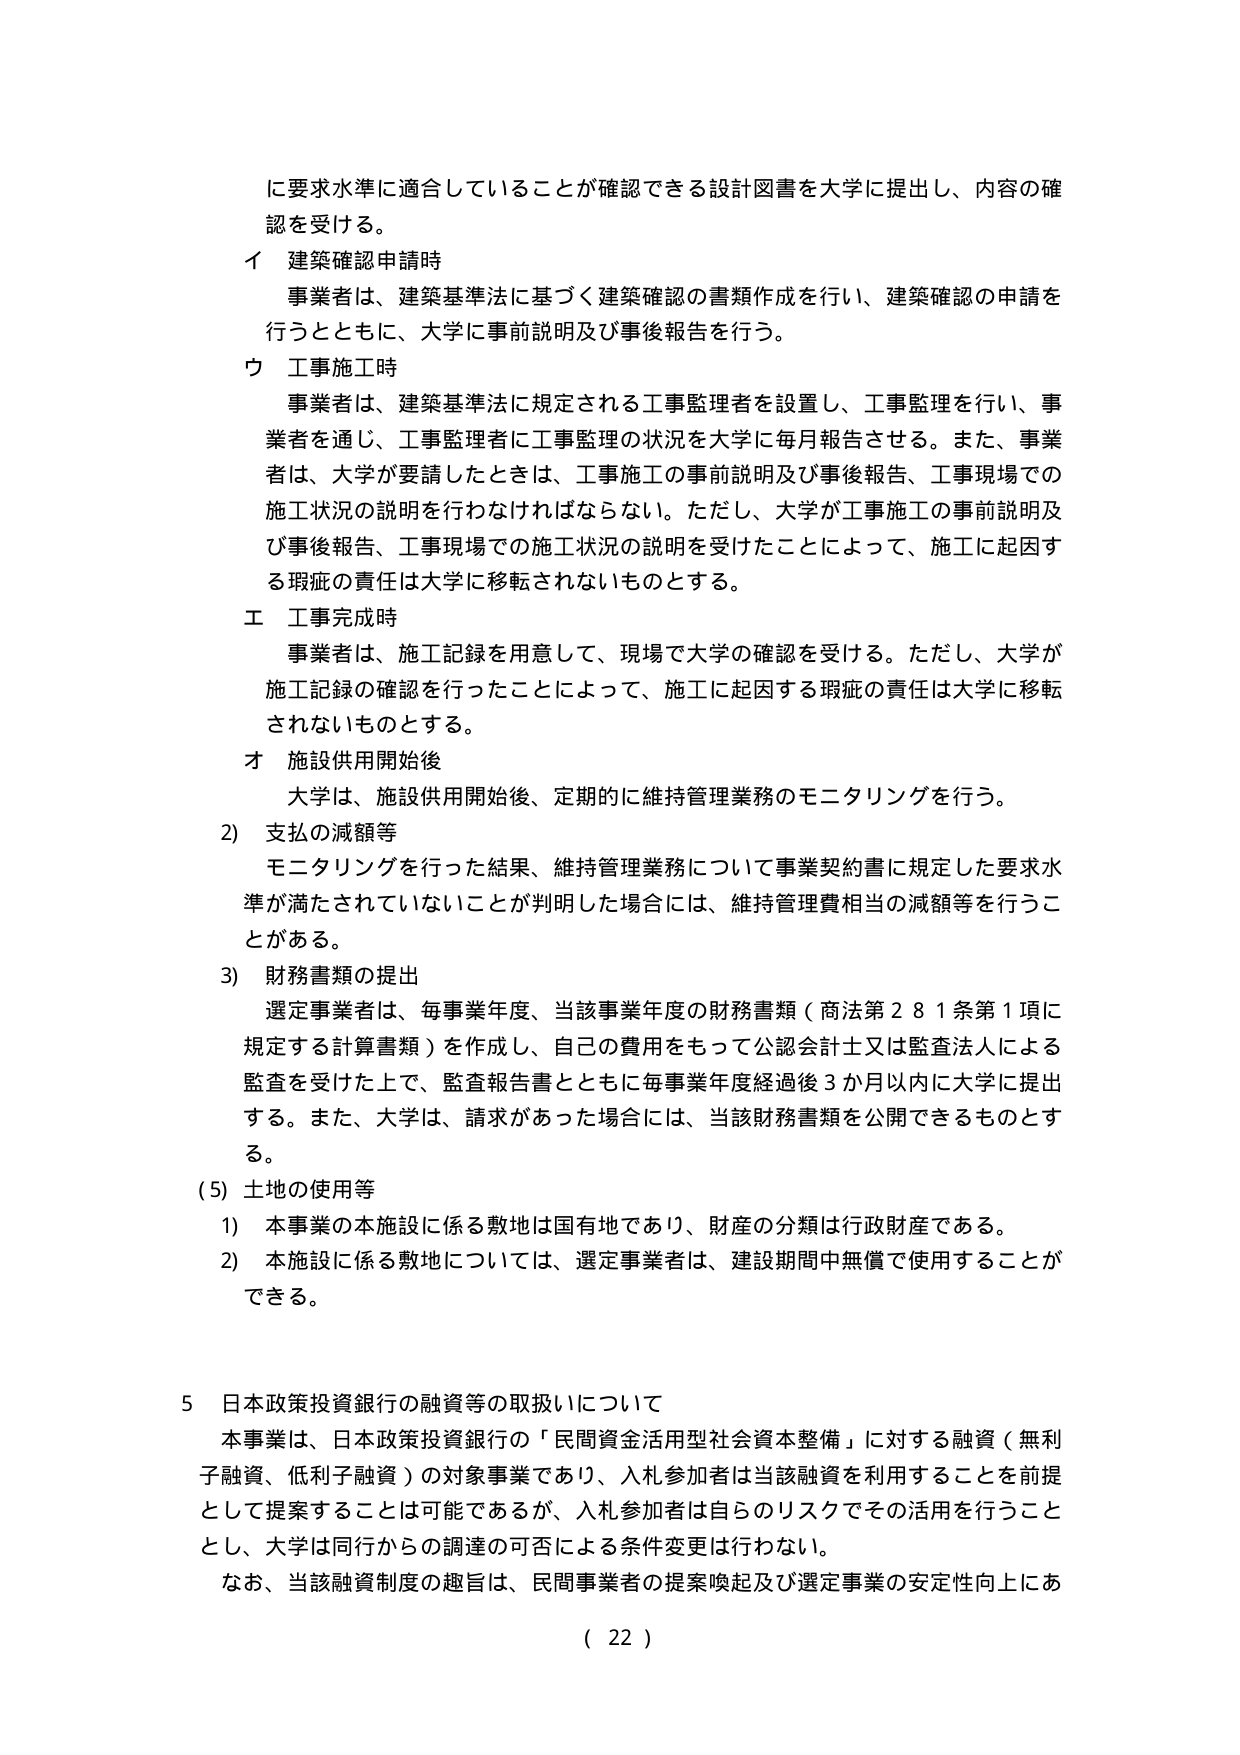
に要求水準に適合していることが確認できる設計図書を大学に提出し、内容の確認を受ける。

イ 建築確認申請時
事業者は、建築基準法に基づく建築確認の書類作成を行い、建築確認の申請を行うとともに、大学に事前説明及び事後報告を行う。

ウ 工事施工時
事業者は、建築基準法に規定される工事監理者を設置し、工事監理を行い、事業者を通じ、工事監理者に工事監理の状況を大学に毎月報告させる。また、事業者は、大学が要請したときは、工事施工の事前説明及び事後報告、工事現場での施工状況の説明を行わなければならない。ただし、大学が工事施工の事前説明及び事後報告、工事現場での施工状況の説明を受けたことによって、施工に起因する瑕疵の責任は大学に移転されないものとする。

エ 工事完成時
事業者は、施工記録を用意して、現場で大学の確認を受ける。ただし、大学が施工記録の確認を行ったことによって、施工に起因する瑕疵の責任は大学に移転されないものとする。

オ 施設供用開始後
大学は、施設供用開始後、定期的に維持管理業務のモニタリングを行う。

2) 支払の減額等
モニタリングを行った結果、維持管理業務について事業契約書に規定した要求水準が満たされていないことが判明した場合には、維持管理費相当の減額等を行うことがある。

3) 財務書類の提出
選定事業者は、毎事業年度、当該事業年度の財務書類（商法第281条第1項に規定する計算書類）を作成し、自己の費用をもって公認会計士又は監査法人による監査を受けた上で、監査報告書とともに毎事業年度経過後3か月以内に大学に提出する。また、大学は、請求があった場合には、当該財務書類を公開できるものとする。

(5) 土地の使用等
1) 本事業の本施設に係る敷地は国有地であり、財産の分類は行政財産である。
2) 本施設に係る敷地については、選定事業者は、建設期間中無償で使用することができる。

5 日本政策投資銀行の融資等の取扱いについて
本事業は、日本政策投資銀行の「民間資金活用型社会資本整備」に対する融資（無利子融資、低利子融資）の対象事業であり、入札参加者は当該融資を利用することを前提として提案することは可能であるが、入札参加者は自らのリスクでその活用を行うこととし、大学は同行からの調達の可否による条件変更は行わない。
なお、当該融資制度の趣旨は、民間事業者の提案喚起及び選定事業の安定性向上にあ

( 22 )